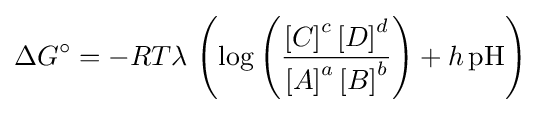
\Delta G^{\circ }=-RT\lambda \,\left(\log \left({\frac {\left[C\right]^{c}\left[D\right]^{d}}{\left[A\right]^{a}\left[B\right]^{b}}}\right)+h\,{\mathrm {pH} }\right)